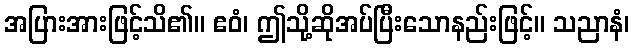
အပြားအားဖြင့်သိ၏။ ဧဝံ၊ ဤသို့ဆိုအပ်ပြီးသောနည်းဖြင့်။ သညာနံ၊